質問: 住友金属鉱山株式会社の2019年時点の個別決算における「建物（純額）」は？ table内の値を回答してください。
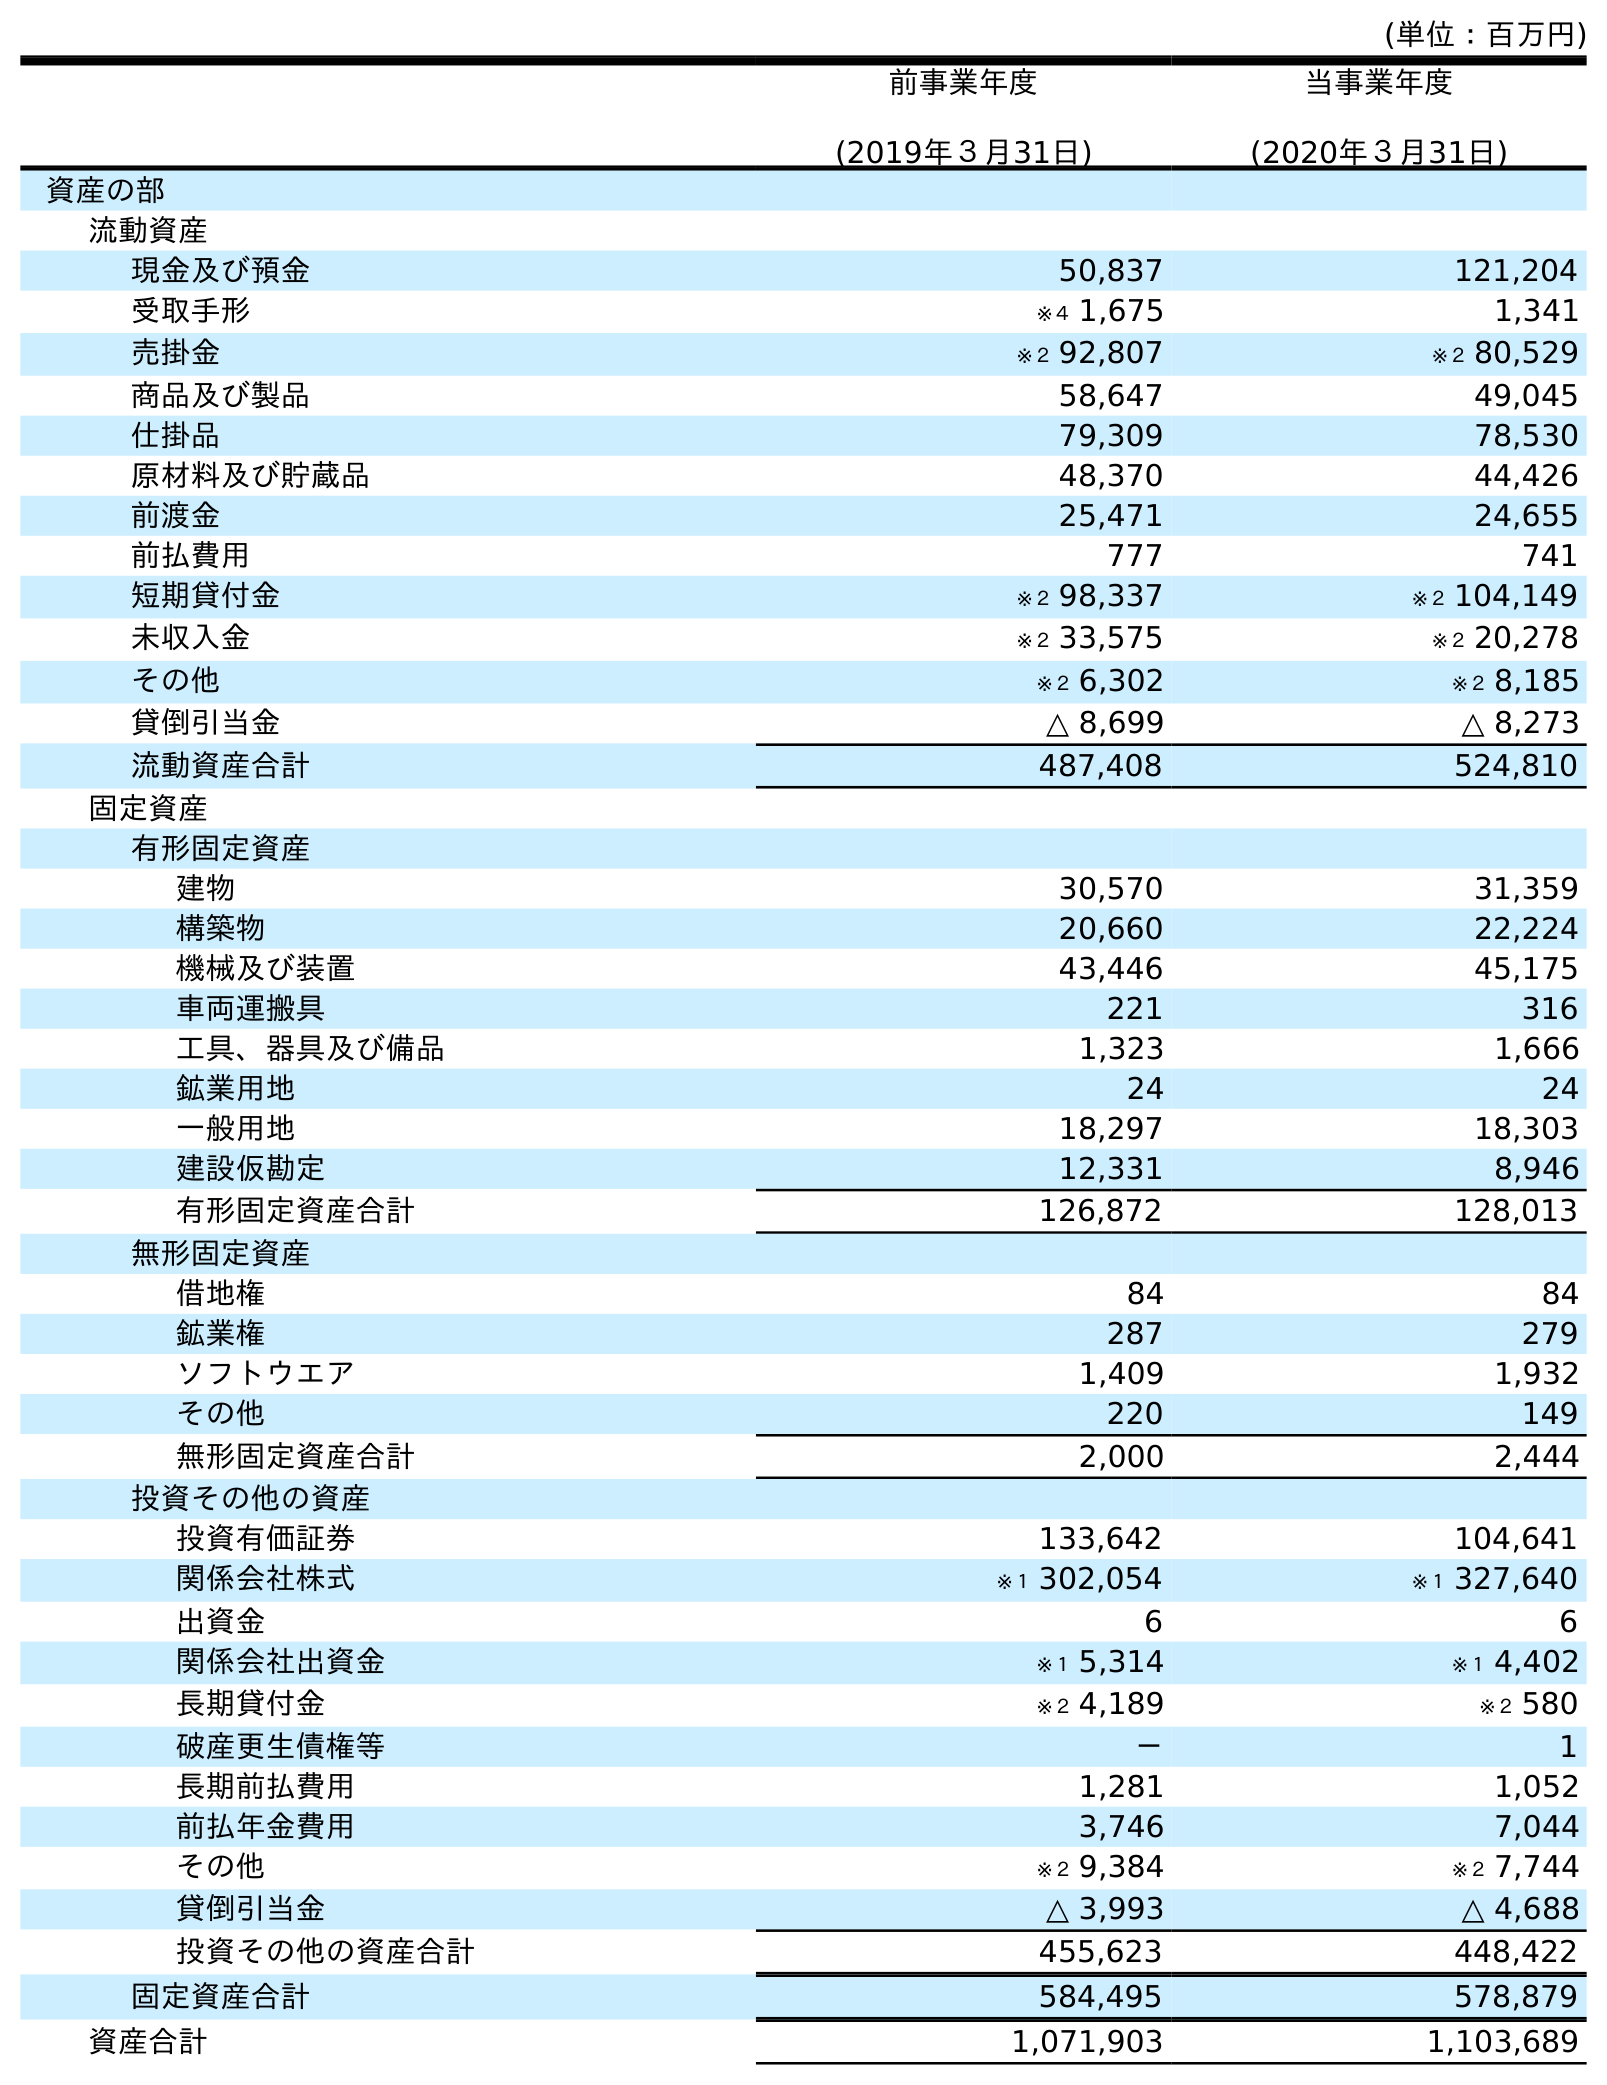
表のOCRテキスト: (単位：百万円) 前事業年度 (2019年３月31日) 当事業年度 (2020年３月31日) 資産の部 流動資産 現金及び預金 50,837 121,204 受取手形 ※４ 1,675 1,341 売掛金 ※２ 92,807 ※２ 80,529 商品及び製品 58,647 49,045 仕掛品 79,309 78,530 原材料及び貯蔵品 48,370 44,426 前渡金 25,471 24,655 前払費用 777 741 短期貸付金 ※２ 98,337 ※２ 104,149 未収入金 ※２ 33,575 ※２ 20,278 その他 ※２ 6,302 ※２ 8,185 貸倒引当金 △ 8,699 △ 8,273 流動資産合計 487,408 524,810 固定資産 有形固定資産 建物 30,570 31,359 構築物 20,660 22,224 機械及び装置 43,446 45,175 車両運搬具 221 316 工具、器具及び備品 1,323 1,666 鉱業用地 24 24 一般用地 18,297 18,303 建設仮勘定 12,331 8,946 有形固定資産合計 126,872 128,013 無形固定資産 借地権 84 84 鉱業権 287 279 ソフトウエア 1,409 1,932 その他 220 149 無形固定資産合計 2,000 2,444 投資その他の資産 投資有価証券 133,642 104,641 関係会社株式 ※１ 302,054 ※１ 327,640 出資金 6 6 関係会社出資金 ※１ 5,314 ※１ 4,402 長期貸付金 ※２ 4,189 ※２ 580 破産更生債権等 － 1 長期前払費用 1,281 1,052 前払年金費用 3,746 7,044 その他 ※２ 9,384 ※２ 7,744 貸倒引当金 △ 3,993 △ 4,688 投資その他の資産合計 455,623 448,422 固定資産合計 584,495 578,879 資産合計 1,071,903 1,103,689
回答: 30,570